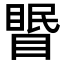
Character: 𥉦